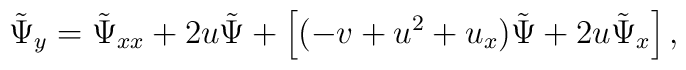
\tilde  \Psi_{y}= \tilde  \Psi_{xx}+2 u \tilde  \Psi +\left[( -v +u^2  +u_{x} )\tilde  \Psi     +2u\tilde  \Psi_x       \right],